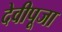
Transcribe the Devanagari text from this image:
देवीपूजा